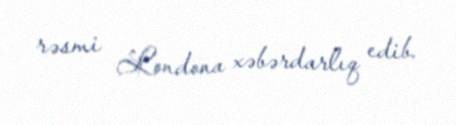
rəsmi Londona xəbərdarlıq edib.